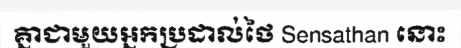
គ្នាជាមួយអ្នកប្រដាល់ថៃ Sensathan នោះ